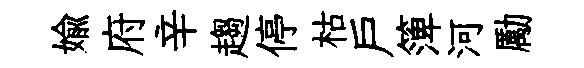
媮府辛趨停枯户𥱼河勵